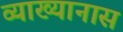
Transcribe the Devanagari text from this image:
व्याख्यानास